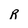
Character: R